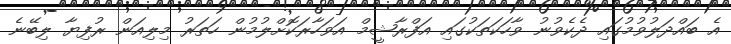
އެ ބައްދަލުވުމުގައި ދެކެވުނު ވާހަކަތަކުގައި އަފްރާޝީމް އަވަހާރަކޮށްލުމުން ހަތަރު މިލިއަން ރުފިޔާ ލިބޭނެ